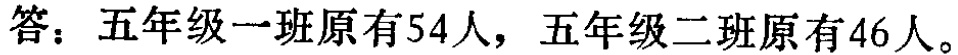
答：五年级一班原有54人，五年级二班原有46人。